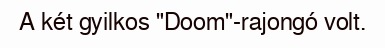
A két gyilkos "Doom"-rajongó volt.